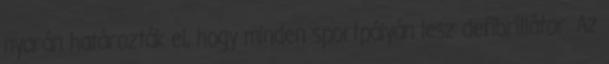
nyarán határozták el, hogy minden sportpályán lesz defibrillátor. Az